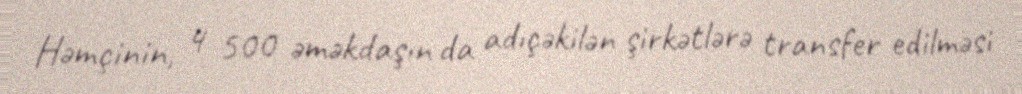
Həmçinin, 4 500 əməkdaşın da adıçəkilən şirkətlərə transfer edilməsi